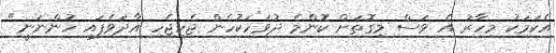
އެކަމަކު މިހާރު އެ ވަސް މިގޮތަށް ކޮންމެ ދުވަހަކުހެން ޖެހިޖެހި އާދަވެފައި ހުންނަނީ"